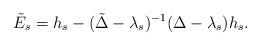
LaTeX: \begin{align*}\tilde E_s= h_s - (\tilde\Delta - \lambda_s)^{-1}(\Delta - \lambda_s) h_s. \end{align*}